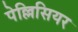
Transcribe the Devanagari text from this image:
पेल्लिसियर